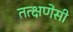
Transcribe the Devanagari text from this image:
तत्क्षणेसी